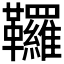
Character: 𩎊